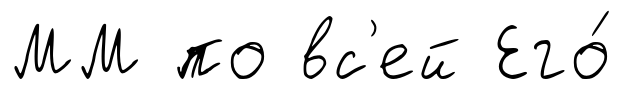
ММ по вс'ей Его́